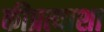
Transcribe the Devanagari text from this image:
कीप्रत्याशा